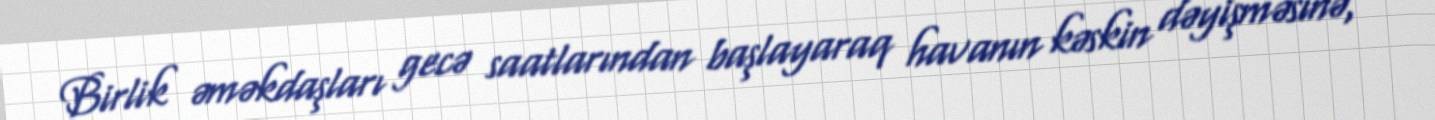
Birlik əməkdaşları gecə saatlarından başlayaraq havanın kəskin dəyişməsinə,